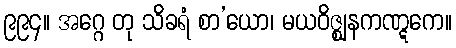
၉၉၄။ အဂ္ဂေ တု သိခရံ စာ’ယော၊ မယဝိဇ္ဈနကဏ္ဋကေ။